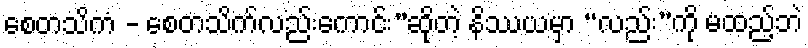
စေတသိကံ - စေတသိက်လည်းကောင်း”ဆိုတဲ့ နိဿယမှာ “လည်း”ကို မထည့်ဘဲ